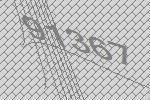
91367